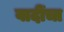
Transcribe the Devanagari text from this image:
वादींचा